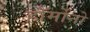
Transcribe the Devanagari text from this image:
हॉर्मोनो